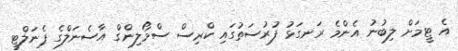
އެ ޓީމަށް ލިބުނު އެންމެ ރަނގަޅު ފުރުސަތުގައި ކްރިސް ސްމޯލިންގް އާސެނަލްގެ ޕެނަލްޓީ